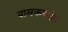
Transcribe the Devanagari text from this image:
बामकराग्रे।